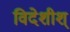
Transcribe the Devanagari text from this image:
विदेशीश्